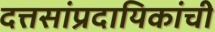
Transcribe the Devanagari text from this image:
दत्तसांप्रदायिकांची